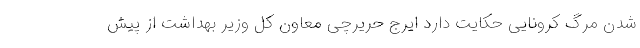
شدن مرگ کرونایی حکایت دارد ایرج حریرچی معاون کل وزیر بهداشت از پیش